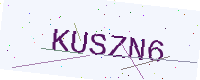
Text: KUSZN6